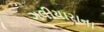
ગલીયારાના